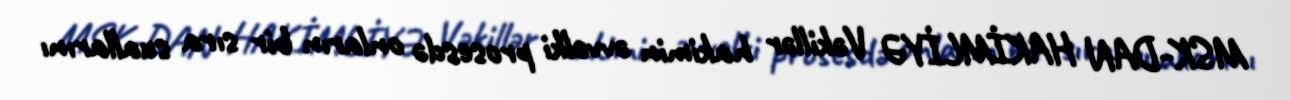
MSK-DAN HAKİMLİYƏ Vəkillər hakimin əvvəlki prosesdə onların bir sıra suallarını